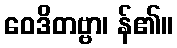
ဝေဒိတဗ္ဗာ၊ န်၏။